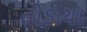
તોડાયા